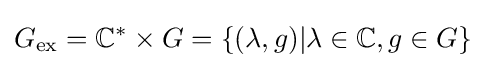
G_{\mathrm {ex} }=\mathbb {C} ^{*}\times G=\{(\lambda ,g)|\lambda \in \mathbb {C} ,g\in G\}